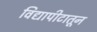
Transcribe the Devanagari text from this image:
विद्यापीटातून